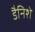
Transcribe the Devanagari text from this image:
डैनिशे